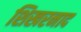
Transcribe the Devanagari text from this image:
शिखरनाद